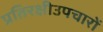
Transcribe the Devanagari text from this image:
प्रतिरक्षीउपचारों